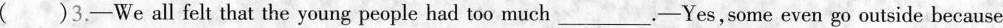
( )3.-We all felt that the young people had too much___.-Yes,some even go outside because